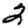
Digit: 2